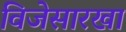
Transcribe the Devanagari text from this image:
विजेसारखा